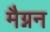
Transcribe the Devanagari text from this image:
मैग्नन